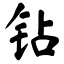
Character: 钻